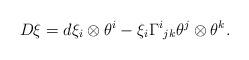
LaTeX: \begin{align*}D \xi = d\xi_i \otimes \theta^i - \xi_i \Gamma^i{}_{jk} \theta^j \otimes \theta^k.\end{align*}